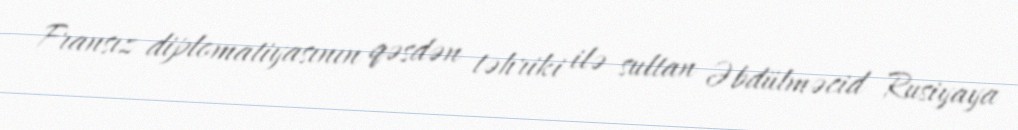
Fransız diplomatiyasının qəsdən təhriki ilə sultan Əbdülməcid Rusiyaya